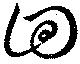
囬